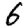
Digit: 6